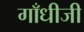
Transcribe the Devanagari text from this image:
गाँधीजी